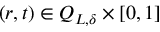
( r , t ) \in Q _ { L , \delta } \times [ 0 , 1 ]